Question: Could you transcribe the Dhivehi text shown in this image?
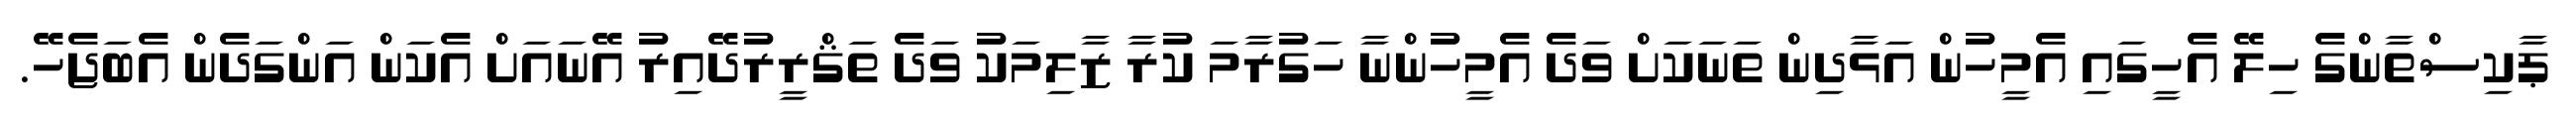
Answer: ޕާކިސްތާންގެ ހިލޭ އެހީގައި އެމީހުން އަޅާދިން ތަނަކަށް ވަދެ އެމީހުންނާ ހަގުރާމަ ކުރާ ޒާލިމަކު ވަދެ ތަޤްރީރުދޭއިރު އޭނައަށް އެކަން އަންގަދެން އެބަޖެހޭ.